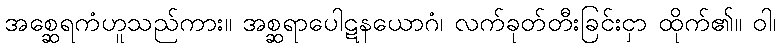
အစ္ဆေရကံဟူသည်ကား။ အစ္ဆရာပေါဋနယောဂံ၊ လက်ခုတ်တီးခြင်းငှာ ထိုက်၏။ ဝါ၊